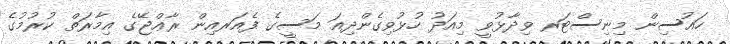
ހައުސިން މިނިސްޓަރ ވިދާޅުވީ މިއަދު ހުޅުވިގެންދިއަ މަސީގެ ފެއަރއިން ރާޢްޖޭގެ އިމާރަތް ކުރުމުގެ